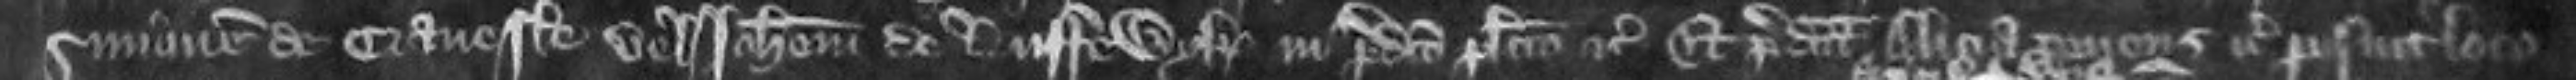
Simonem de Cranesle vel Johannem de Luffewyke in predicto placito etc Et predicta Alicia tenens etc posuit loco